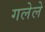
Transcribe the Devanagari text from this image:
गलेले